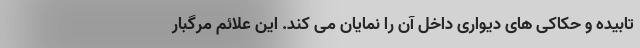
تابیده و حکاکی های دیواری داخل آن را نمایان می کند. این علائم مرگبار